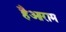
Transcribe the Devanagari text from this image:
हैआराम